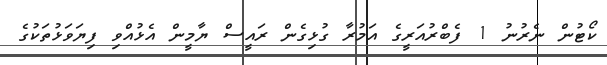
ކޯޓުން ނެރުނު 1 ފެބްރުއަރީގެ އަމުރާ ގުޅިގެން ރައީސް ޔާމީން އެޅުއްވި ފިޔަވަޅުތަކުގެ